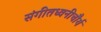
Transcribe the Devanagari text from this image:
संगीतध्वनीचौर्य